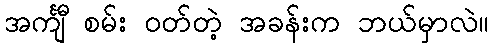
အင်္ကျီ စမ်း ဝတ်တဲ့ အခန်းက ဘယ်မှာလဲ။